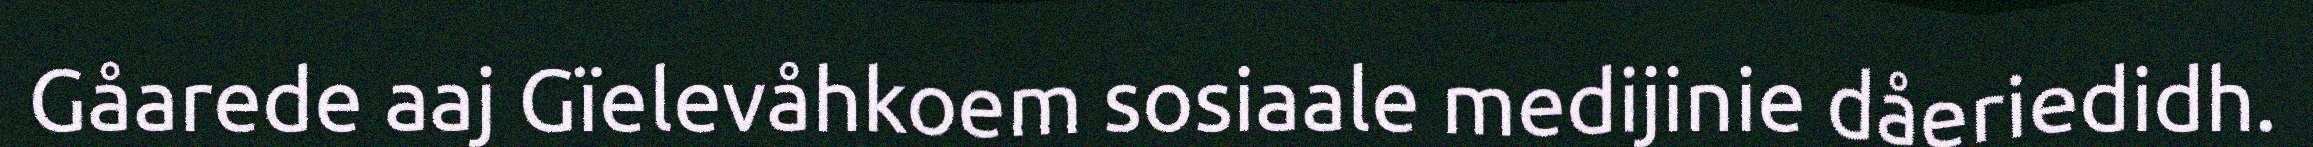
Gåarede aaj Gïelevåhkoem sosiaale medijinie dåeriedidh.